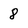
Character: 8